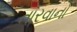
તારવાનો